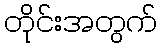
တိုင်းအတွက်